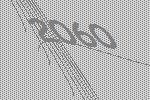
2060